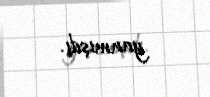
yanmışdı.